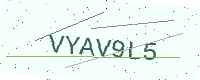
Text: VYAV9L5